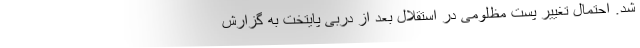
شد. احتمال تغییر پست مظلومی در استقلال بعد از دربی پایتخت به گزارش